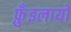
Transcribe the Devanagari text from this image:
फ़ुँइलायो